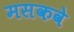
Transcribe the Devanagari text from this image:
मसकवे